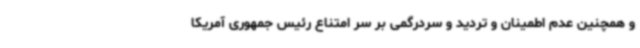
و همچنین عدم اطمینان و تردید و سردرگمی بر سر امتناع رئیس جمهوری آمریکا